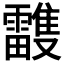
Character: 𩁦